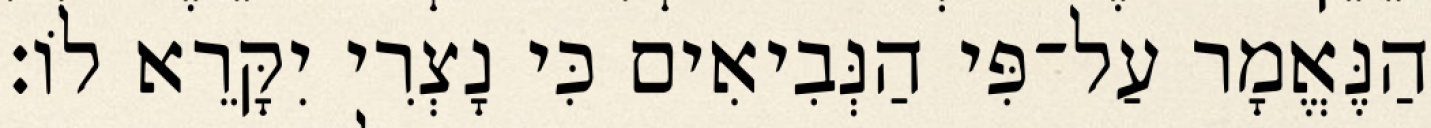
הַנֶּאֱמָר עַל־פִּי הַנְּבִיאִים כִּי נָצְרִי יִקָּרֵא לוֹ׃